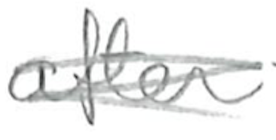
Text: after
Cross-out: scratch
Writing tool: pencil